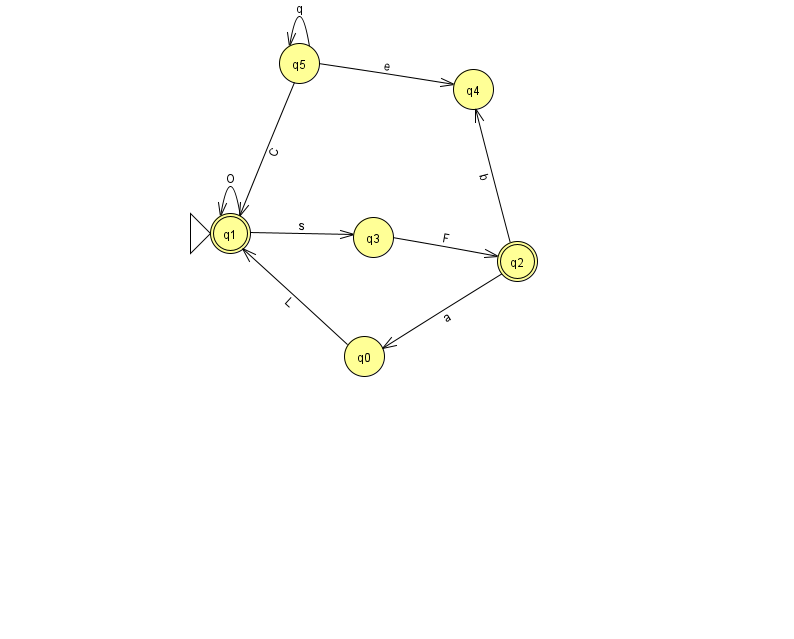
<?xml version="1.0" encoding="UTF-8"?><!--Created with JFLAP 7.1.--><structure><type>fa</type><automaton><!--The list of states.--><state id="0" name="q0"><x>364.0</x><y>343.0</y></state><state id="1" name="q1"><x>230.0</x><y>220.0</y><initial/><final/></state><state id="2" name="q2"><x>517.0</x><y>248.0</y><final/></state><state id="3" name="q3"><x>373.0</x><y>224.0</y></state><state id="4" name="q4"><x>473.0</x><y>76.0</y></state><state id="5" name="q5"><x>299.0</x><y>50.0</y></state><!--The list of transitions.--><transition><from>5</from><to>1</to><read>C</read></transition><transition><from>5</from><to>5</to><read>q</read></transition><transition><from>5</from><to>4</to><read>e</read></transition><transition><from>3</from><to>2</to><read>F</read></transition><transition><from>2</from><to>0</to><read>a</read></transition><transition><from>1</from><to>3</to><read>s</read></transition><transition><from>0</from><to>1</to><read>L</read></transition><transition><from>1</from><to>1</to><read>O</read></transition><transition><from>2</from><to>4</to><read>b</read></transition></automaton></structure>